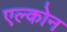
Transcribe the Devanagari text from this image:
एल्कोन